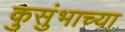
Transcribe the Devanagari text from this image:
कुसुंभाच्या